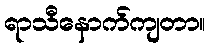
ရာသီနောက်ကျတာ။